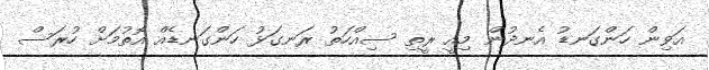
އަވިން ހަންގަނޑު އެނދުން މިއީ ރީތި ސިއްހަތު ރަނގަޅު ހަންގަނޑެއް އޮތުމަށް ހުރަސް